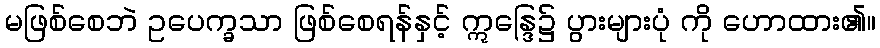
မဖြစ်စေဘဲ ဥပေက္ခသာ ဖြစ်စေရန်နှင့် ဣန္ဒြေ၌ ပွားများပုံ ကို ဟောထား၏။